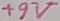
Text: +9V